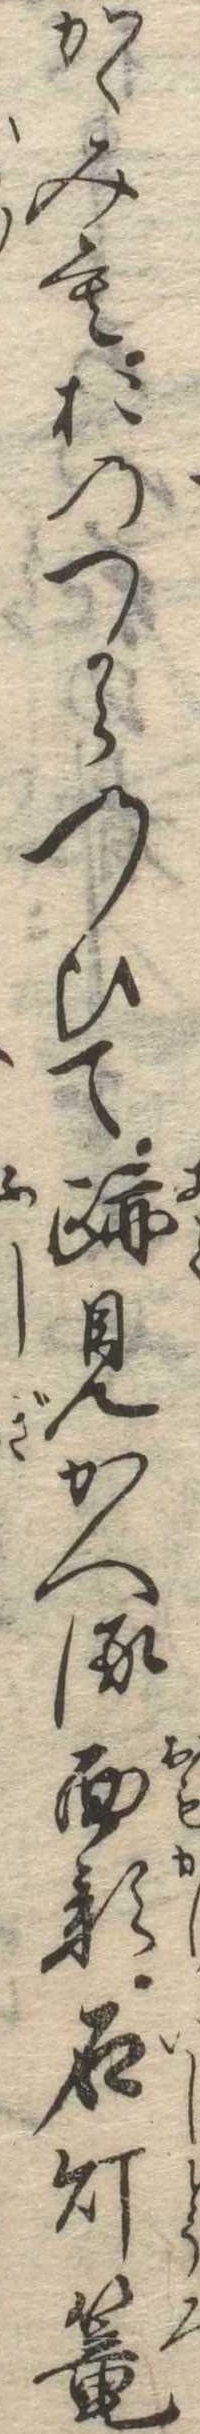
かゝみもおのつからのひて跡見かへる面影石灯篭